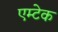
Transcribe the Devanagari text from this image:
एम्टेक